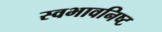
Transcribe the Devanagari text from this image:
स्वभावनिष्ट